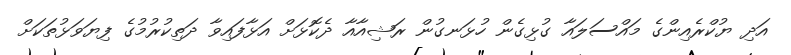
އަދި ޔުކްރެއިންގެ މައްސަލައާ ގުޅިގެން ހުޅަނގުން ރަޝިއާއާ ދެކޮޅަށް އަޅާފައިވާ ދަތިކުރުމުގެ ފިޔަވަޅުތަކަށް